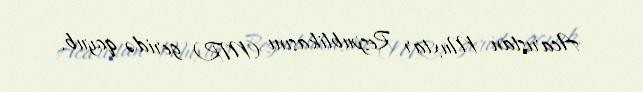
Acarıstan Muxtar Respublikasını (MR) geridə qoyub.